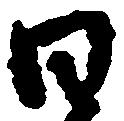
日